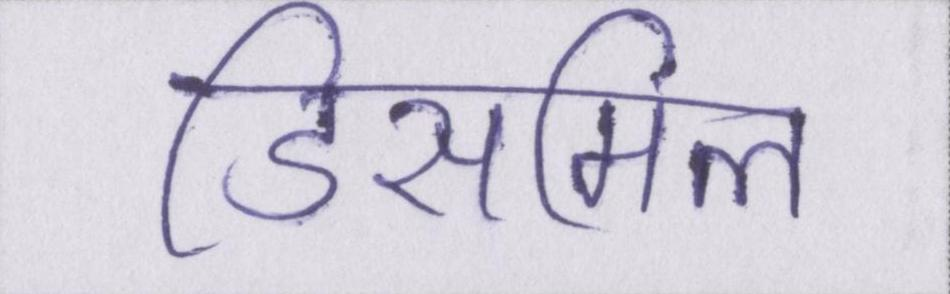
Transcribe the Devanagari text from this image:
डिसमिल